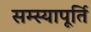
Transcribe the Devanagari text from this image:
सम्स्यापूर्ति